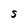
Character: S